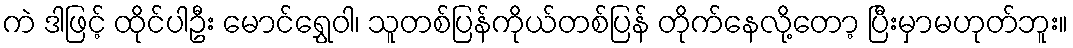
ကဲ ဒါဖြင့် ထိုင်ပါဦး မောင်ရွှေဝါ၊ သူတစ်ပြန်ကိုယ်တစ်ပြန် တိုက်နေလို့တော့ ပြီးမှာမဟုတ်ဘူး။